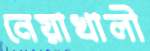
নেয়াখালী